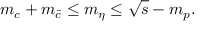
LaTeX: m _ { c } + m _ { \bar { c } } \leq m _ { \eta } \leq \sqrt { s } - m _ { p } .